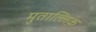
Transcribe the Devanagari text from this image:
मुताल्लिक़